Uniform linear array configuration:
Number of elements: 16
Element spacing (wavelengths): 0.25
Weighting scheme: hamming
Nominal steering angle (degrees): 0
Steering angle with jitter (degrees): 1.226
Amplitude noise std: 0.05
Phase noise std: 0.05

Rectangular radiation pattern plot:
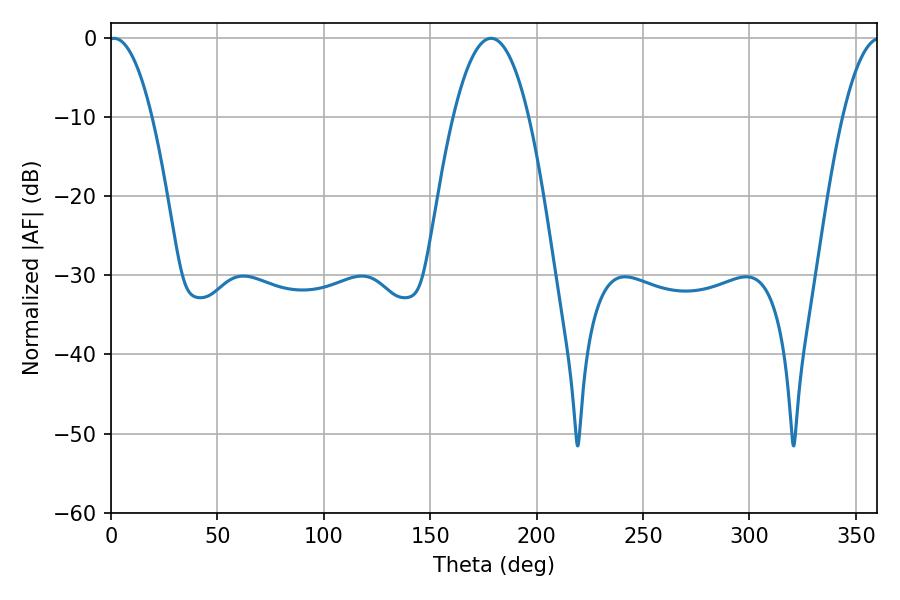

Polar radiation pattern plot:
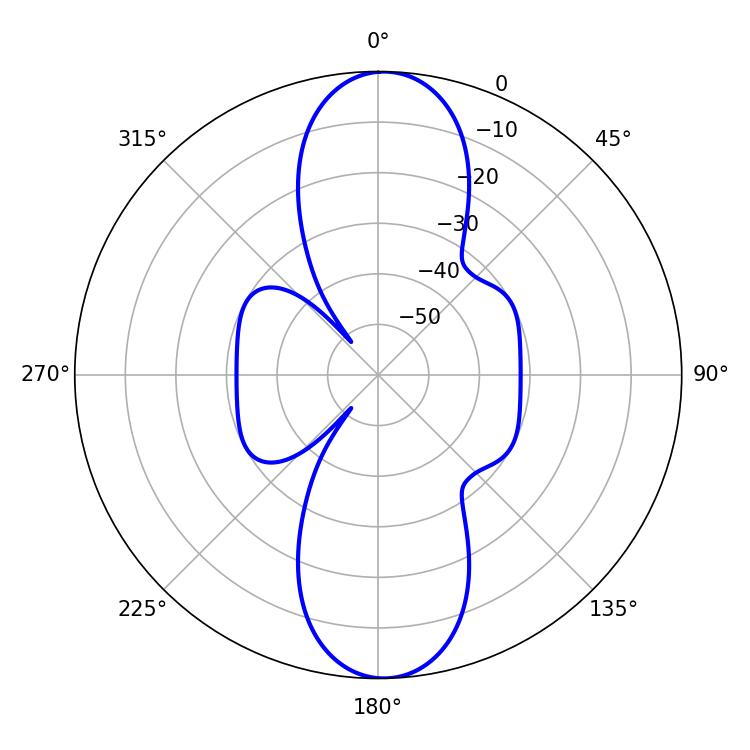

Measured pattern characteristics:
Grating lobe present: FALSE
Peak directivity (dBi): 20.275
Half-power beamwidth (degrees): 11.16
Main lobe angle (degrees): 1.44